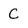
Character: C